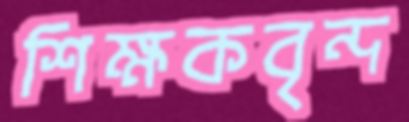
শিক্ষকবৃন্দ